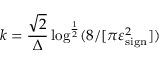
k = \frac { \sqrt { 2 } } { \Delta } \log ^ { \frac { 1 } { 2 } } ( 8 / [ \pi \varepsilon _ { \mathrm { s i g n } } ^ { 2 } ] )